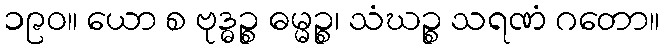
၁၉၀။ ယော စ ဗုဒ္ဓဉ္စ ဓမ္မဉ္စ၊ သံဃဉ္စ သရဏံ ဂတော။